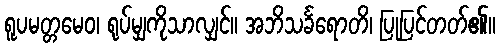
ရူပမတ္တမေဝ၊ ရုပ်မျှကိုသာလျှင်။ အဘိသင်္ခရောတိ၊ ပြုပြင်တတ်၏။